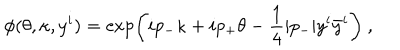
\phi ( \theta , \kappa , y ^ { i } ) = \exp \left( i p _ { - } \kappa + i p _ { + } \theta - \frac { 1 } { 4 } | p _ { - } | y ^ { i } \bar { y } ^ { i } \right) ~ ,